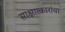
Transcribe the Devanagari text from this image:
साक्षात्कारांचा